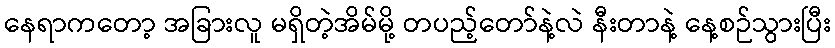
နေရာကတော့ အခြားလူ မရှိတဲ့အိမ်မို့ တပည့်တော်နဲ့လဲ နီးတာနဲ့ နေ့စဉ်သွားပြီး